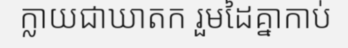
ក្លាយជាឃាតក រួមដៃគ្នាកាប់